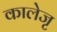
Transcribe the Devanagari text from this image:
कालेजृ